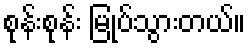
စုန်းစုန်း မြုပ်သွားတယ်။